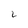
Character: 2